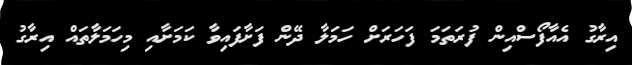
އިރާގު އެއާފޯސްއިން ފުރަތަމަ ފަހަރަށް ހަމަލާ ދޭން ފަށާފައިވާ ކަމަށާއި މިހަމަލާތައް އިރާގު